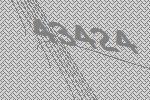
43424